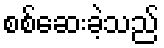
စစ်ဆေးခဲ့သည်